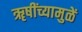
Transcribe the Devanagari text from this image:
ॠषींच्यामुळें